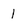
Character: l